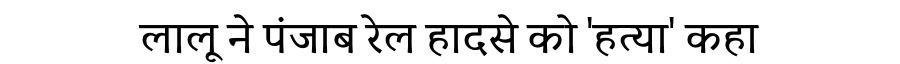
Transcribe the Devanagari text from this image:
लालू ने पंजाब रेल हादसे को 'हत्या' कहा